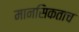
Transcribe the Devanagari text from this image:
मानसिकताच